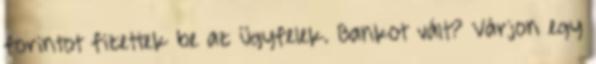
forintot fizettek be az ügyfelek. Bankot vált? Várjon egy